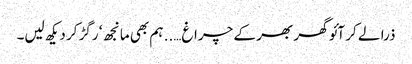
ذرا لے کر آئو گھر بھر کے چراغ….. ہم بھی مانجھ ‘ رگڑ کر دیکھ لیں۔